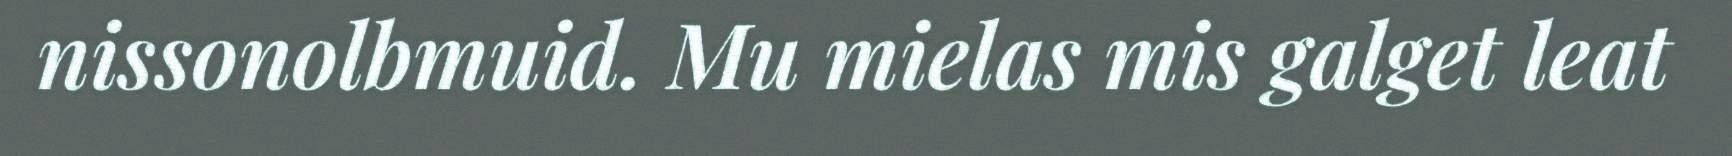
nissonolbmuid. Mu mielas mis galget leat